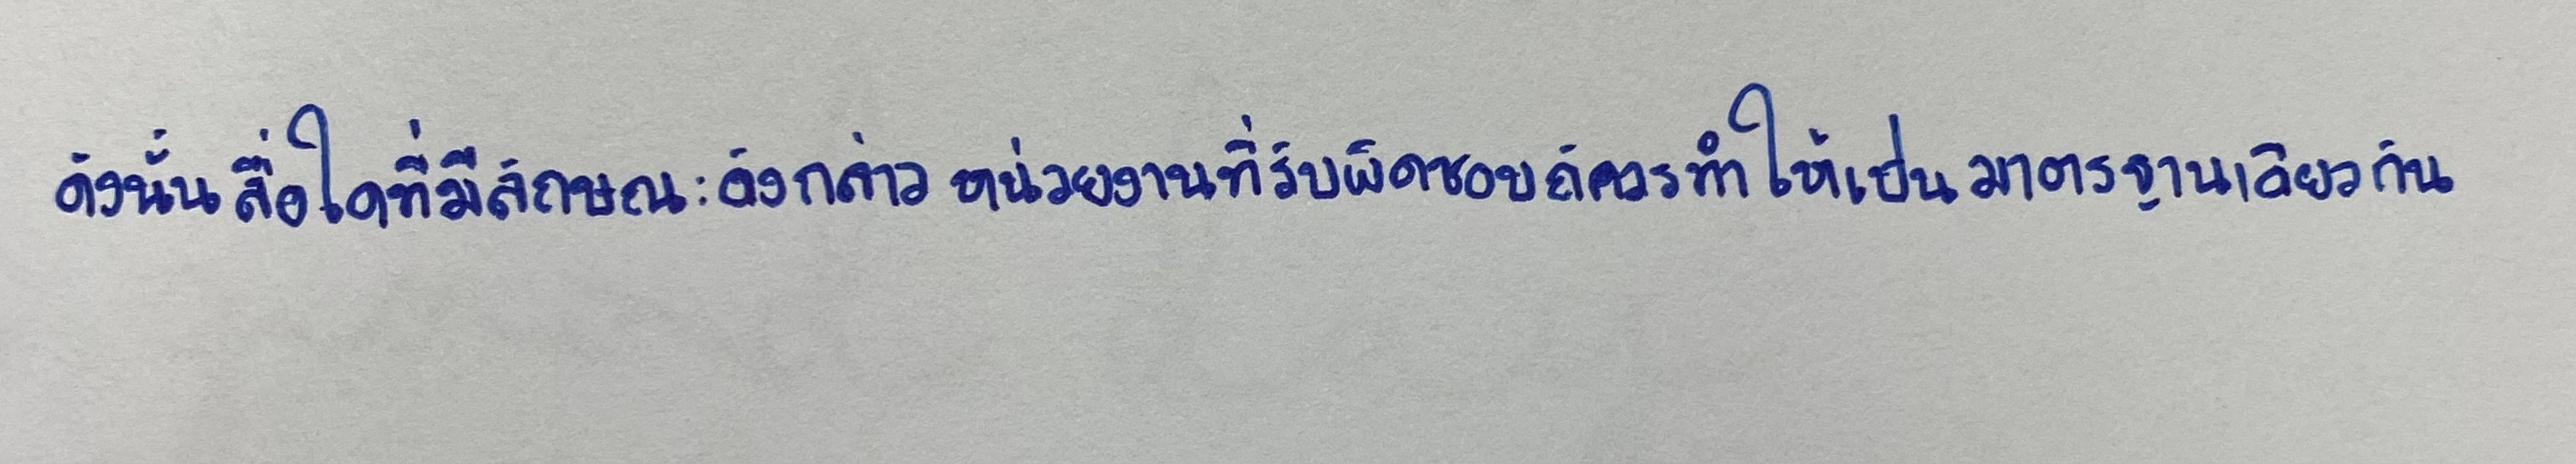
ดังนั้นสื่อใดที่มีลักษณะดังกล่าวหน่วยงานที่รับผิดชอบก็ควรทำให้เป็นมาตรฐานเดียวกัน